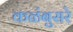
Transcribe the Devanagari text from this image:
कळंबुसरे